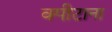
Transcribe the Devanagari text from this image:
क्पीटाना